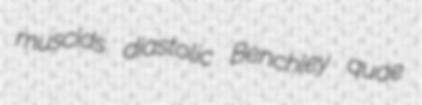
muscids diastolic Benchley quae